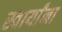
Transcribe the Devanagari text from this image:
स्वार्यांना